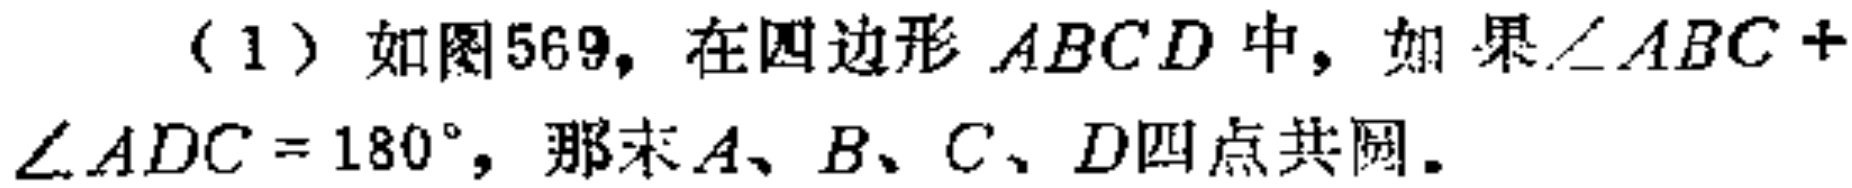
（1）如图569，在四边形 \(ABCD\) 中，如果\(\angle ABC +\angle ADC = 180^{\circ}\)，那么\(A、B、C、D\)四点共圆。